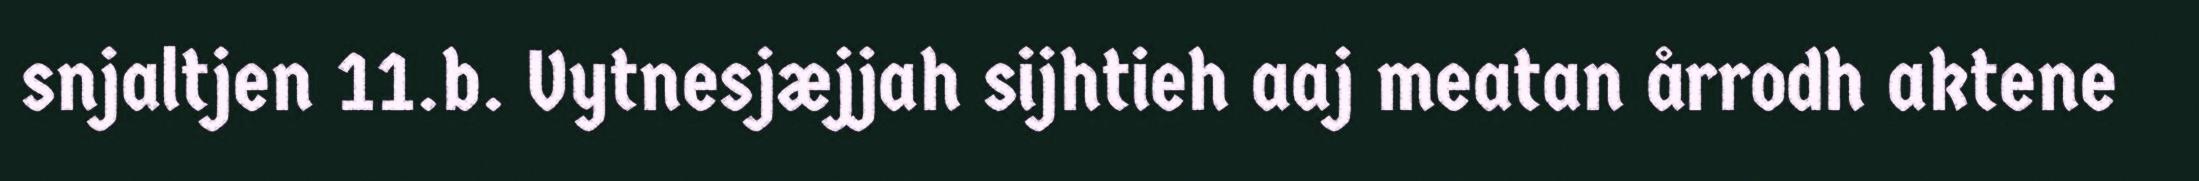
snjaltjen 11.b. Vytnesjæjjah sijhtieh aaj meatan årrodh aktene